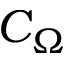
C _ { \Omega }